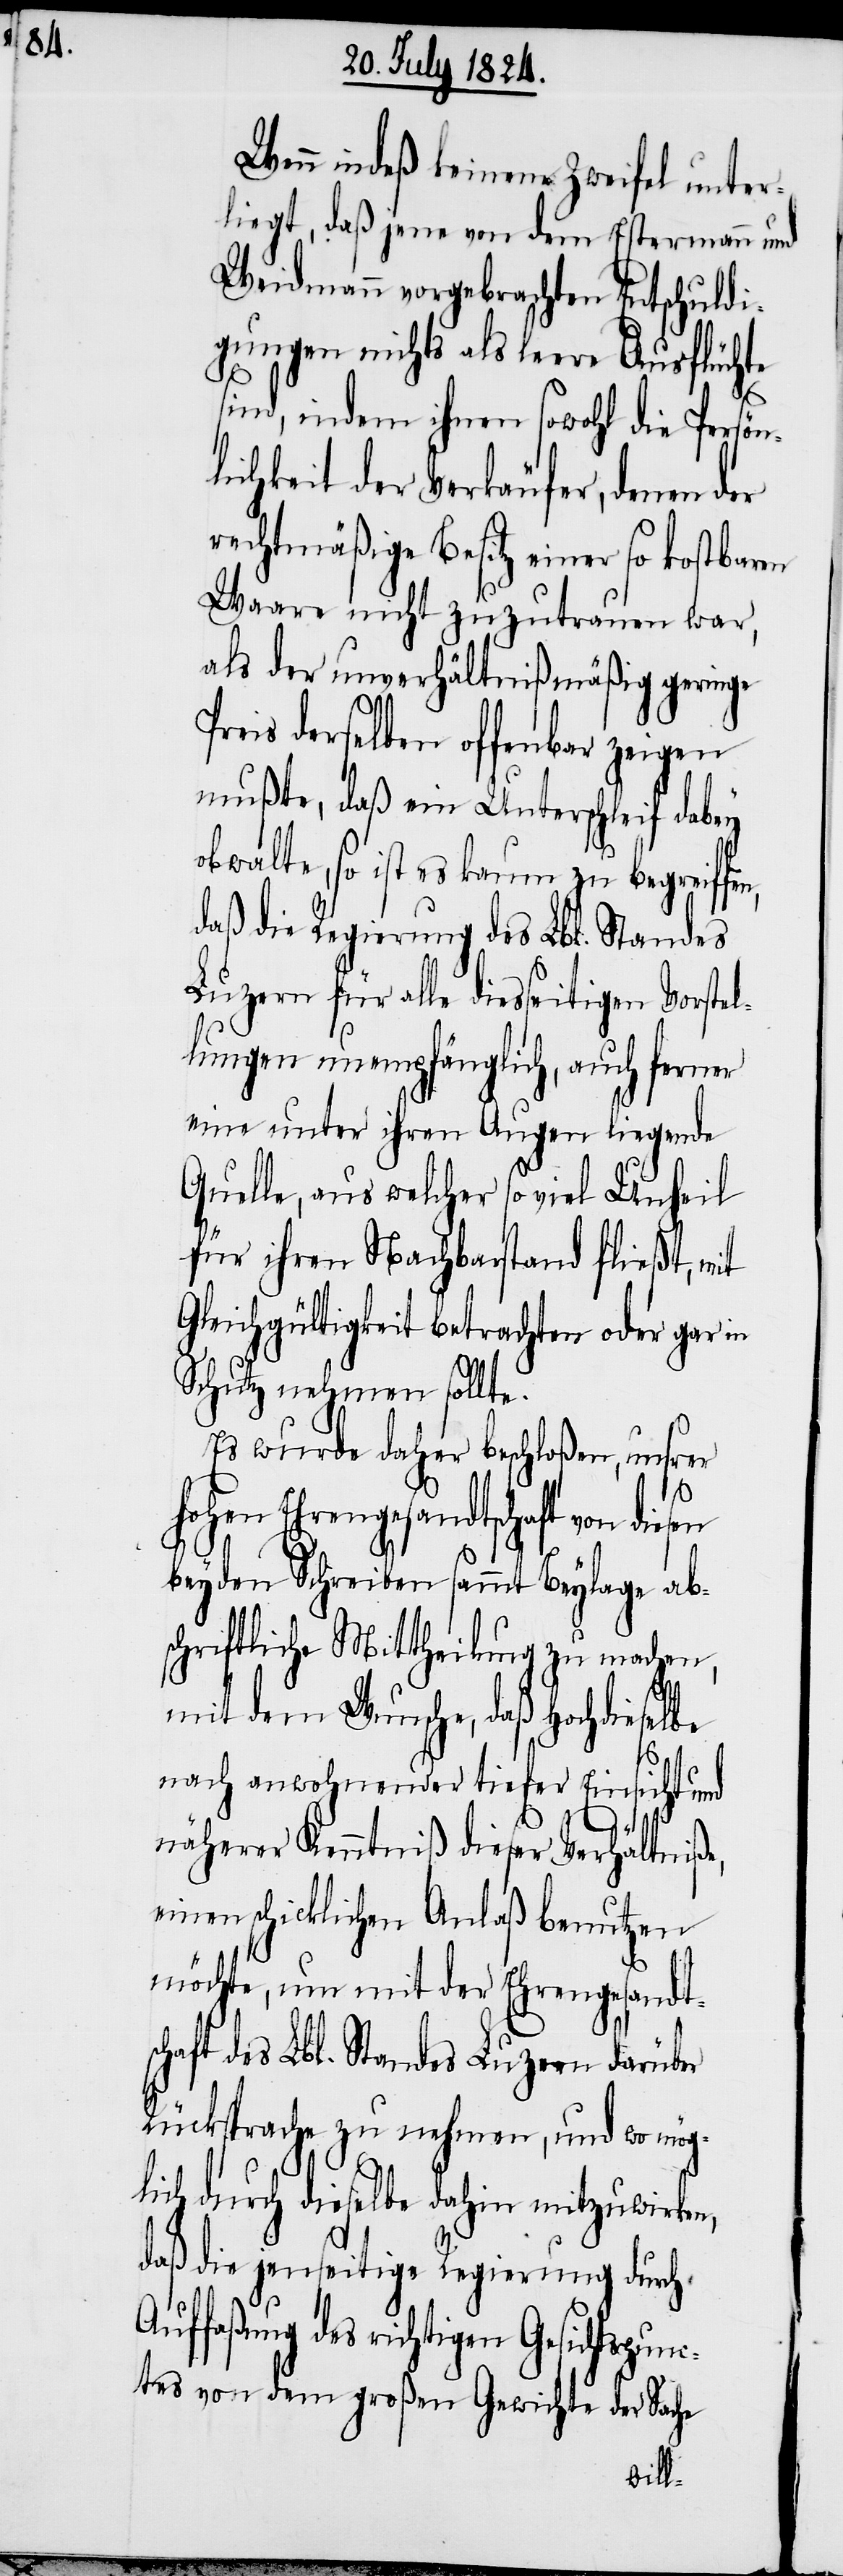
Wenn indeß keinem Zweifel unter¬
liegt, daß jene von dem Estermann und
Weidmann vorgebrachten Entschuldi¬
gungen nichts als leere Ausflüchte
sind, indem ihnen sowohl die Persön¬
lichkeit der Verkäufer, denen der
rechtmäßige Besitz einer so kostbaren
Waare nicht zuzutrauen war,
als der unverhältnißmäßig geringe
Preis derselben offenbar zeigen
mußte, daß ein Unterschleif dabey
obwalte, so ist es kaum zu begreiffe¬
daß die Regierung des Lbl. Standes
Luzern für alle diesseitigen Vorste¬
lungen unempfänglich, auch ferner
eine unter ihren Augen liegende
Quelle, aus welcher so viel Unheil
für ihren Nachbarstand fließt, mit
Gleichgültigkeit betrachten oder gar in
Schutz nehmen sollte.
Es wurde daher beschloßen, unsrer
hohen Ehrengesandtschaft von
beyden Schreiben sammt Beylage ab¬
schriftliche Mittheilung zu machen,
mit dem Wunsche, daß Hochdieselbe
nach anwohnender tiefer Einsicht und
l¬
näherer Kenntniß dieser Verhältniße,
einen schicklichen Anlaß benutzen
möchte, um mit der Ehrengesandts¬
chaft des Lbl. Standes Luzern darüber
Rücksprache zu nehmen, und wo mög¬
lich durch dieselbe dahin mitzuwirken,
daß die jenseitige Regierung durch
Auffaßung des richtigen Gesichtspun¬
ctes von dem großen Gerichte der Sache